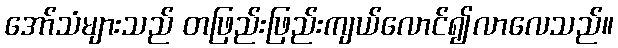
အော်သံများသည် တဖြည်းဖြည်းကျယ်လောင်၍လာလေသည်။